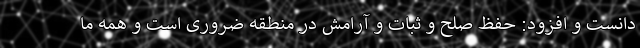
دانست و افزود: حفظ صلح و ثبات و آرامش در منطقه ضروری است و همه ما